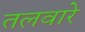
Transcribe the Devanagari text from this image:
तलवारे